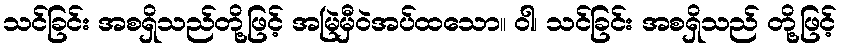
သင်ခြင်း အစရှိသည်တို့ဖြင့် အမြဲမှီဝဲအပ်ထသော။ ဝါ၊ သင်ခြင်း အစရှိသည် တို့ဖြင့်